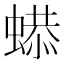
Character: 𧎦